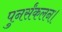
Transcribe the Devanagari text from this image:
पुनर्संकलन।